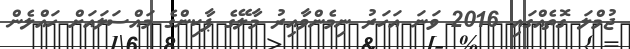
ޖުމްލަ ގޮތެއްގައި 2016 ވަނަ އަހަރު ނިމެންވާއިރު މާލޭގެ ޕާކިންގެ މައްސަލައަށް ހައްލެން